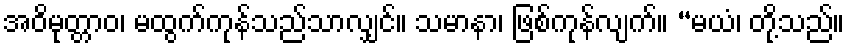
အဝိမုတ္တာဝ၊ မထွက်ကုန်သည်သာလျှင်။ သမာနာ၊ ဖြစ်ကုန်လျက်။ “မယံ၊ တို့သည်။